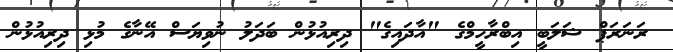
ރަނަރަޕް ޝަލަބީ އިބްރާހީމްގެ "އާދައިގެ" ދިރިއުޅުން ބަދަލު ނުވިޔަސް އޭނާގެ މުޅި ދިރިއުޅުން